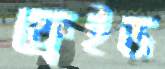
ফ্রেইড